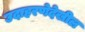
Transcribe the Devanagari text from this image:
उदाहरणेदेखील